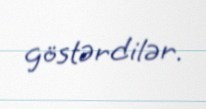
göstərdilər.